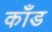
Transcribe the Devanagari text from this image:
कॉंड